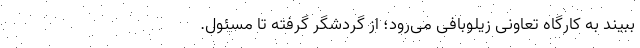
ببیند به کارگاه تعاونی زیلوبافی می‌رود؛ از گردشگر گرفته تا مسئول.